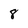
Character: 8